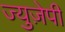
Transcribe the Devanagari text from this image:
ज्युज़ेपी